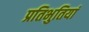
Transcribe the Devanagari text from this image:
प्रतिभुतियां